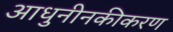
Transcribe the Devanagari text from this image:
आधुनीनकीकरण